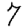
Digit: 7